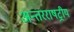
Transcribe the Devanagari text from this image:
अन्तरराषट्रीय